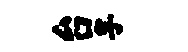
台孚